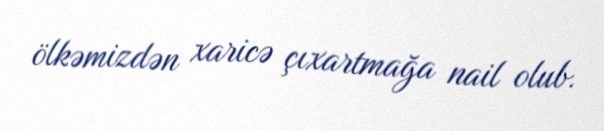
ölkəmizdən xaricə çıxartmağa nail olub.